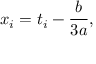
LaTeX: x _ { i } = t _ { i } - { \frac { b } { 3 a } } ,